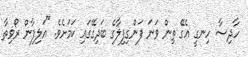
ހާދިސާ ހިނގީ އެގޭ ތިން ވަނަ ފަންގިފިލާގެ ބަދިގޭގައި ކަމަށެވެ. "އަލިފާން ރޯވިތާ